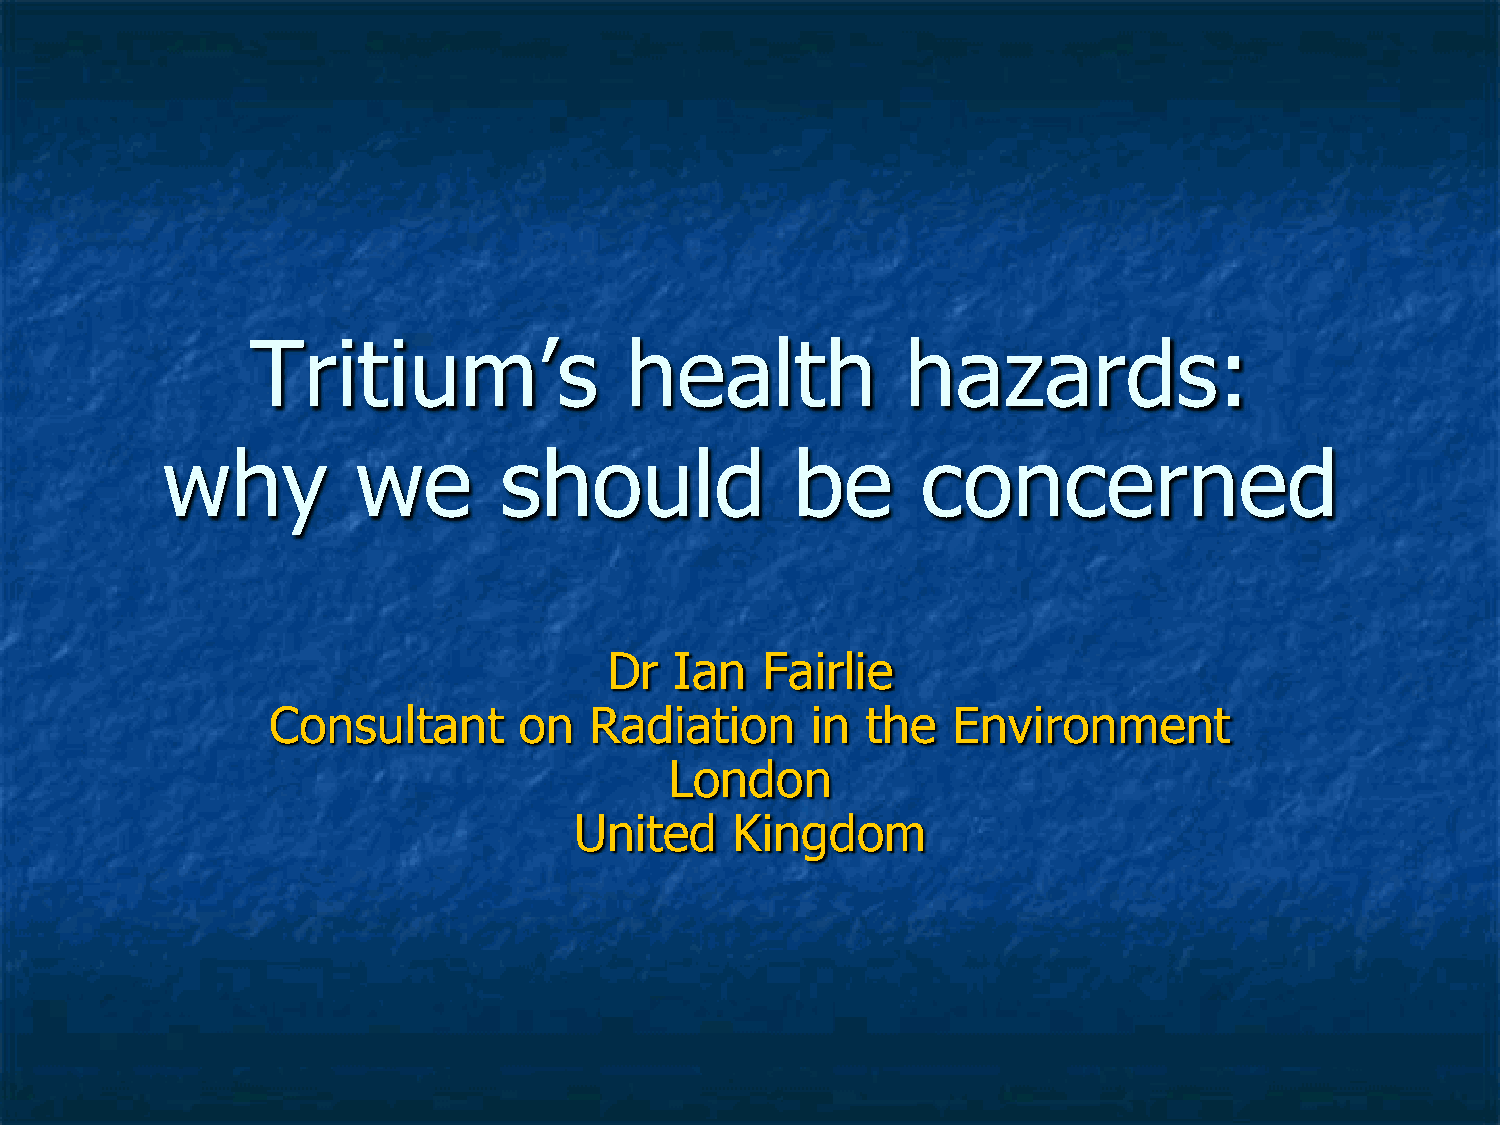
Tritium’s               health             hazards:
 why          we       should              be      concerned
 Dr   Ian  Fairlie
 Consultant      on   Radiation      in the   Environment
 London
 United    Kingdom